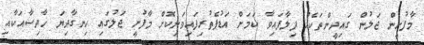
މާފުށީން ޖަލުން ގައިދީންތަކެއް ފިލާފައިވާ ކަމަށް އަޑުފެތުރިފައިވަނިކޮށް މާފުށީ ޖަލުގައި ހިނގާދިޔަ ހާދިސާއަކާއި